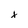
Character: x